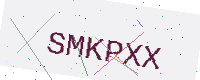
Text: SMKPXX